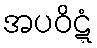
အပဝိဋ္ဋံ